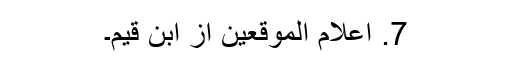
7. اعلام الموقعین از ابن قیم۔